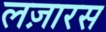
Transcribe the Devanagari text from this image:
लज़ारस